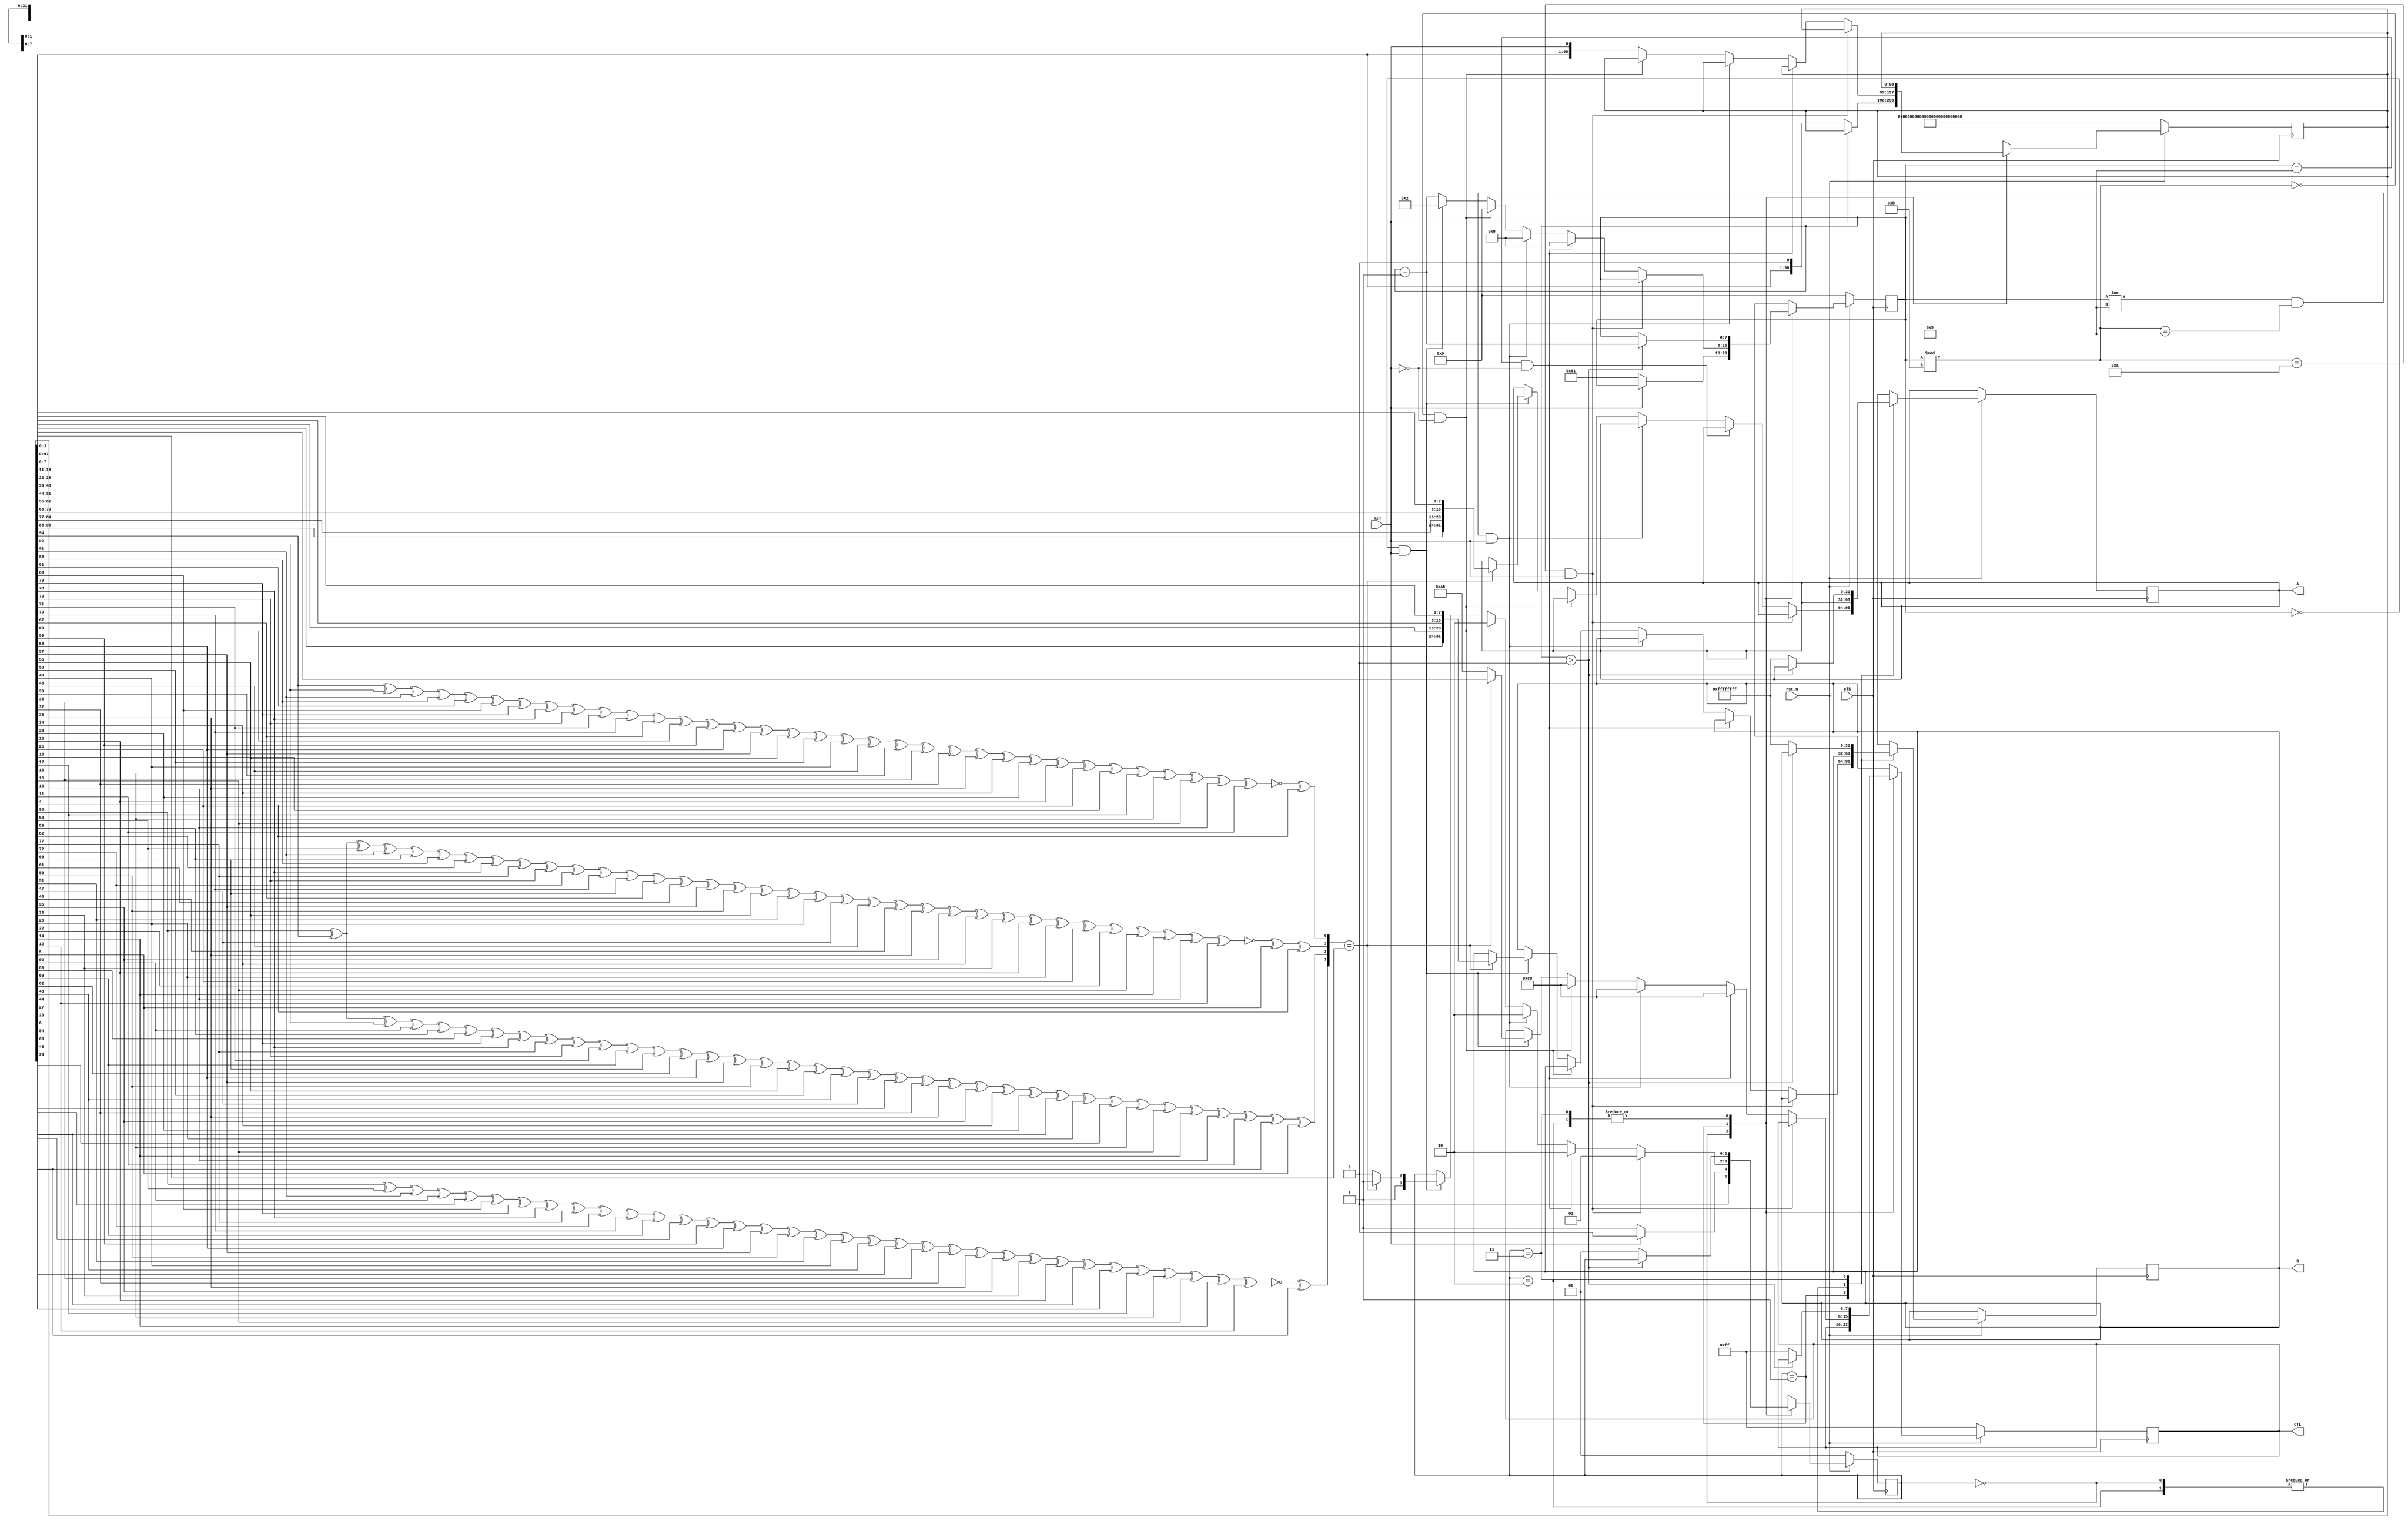
module mtm_Alu_deserializer (
  input wire clk,
  input wire rst_n,
  input wire sin,
  output reg [31:0] A,
  output reg [31:0] B,
  output reg [7:0] CTL
);

localparam IDLE = 2'd0;
localparam LOAD = 2'd1;
localparam DATA_ERR = 2'd2;
localparam STOP = 2'd3;

reg [7:0] bit_counter;
reg [1:0] state;
reg [3:0] CRC;
reg [98:0] OUT;

initial begin
  state = IDLE;
  bit_counter = 0;
  CTL = 8'b11111111;
  A = 32'b11111111111111111111111111111111;
  B = 32'b11111111111111111111111111111111;
end

always @(posedge clk) begin
  if (!rst_n) begin
    state = IDLE;
    bit_counter = 0;
    CTL = 8'b11111111;
    OUT = 99'b111111111111111111111111111111111111111111111111111111111111111111111111111111111111111111111111111;
  end
  else begin
    case(state)
      IDLE: begin
        if (sin == 0) begin
          bit_counter = 97;
          state = LOAD;
          OUT = {OUT,sin};
        end
        else begin
          state = IDLE;
        end
      end
      LOAD: begin
        if (bit_counter % 11 == 10 && sin == 1) begin
          state = LOAD;
        end
        else if (bit_counter == 9 && sin == 0) begin
          state = DATA_ERR;
          bit_counter = 9;
          CTL = 8'b11001001;
        end
        else if (bit_counter != 9 && bit_counter % 11 == 9 && sin == 1) begin
          state = DATA_ERR;
          bit_counter = 9;
          CTL = 8'b11001001;
        end
        else if (bit_counter % 11 == 0 && sin == 0) begin
          state = DATA_ERR;
          bit_counter = 0;
          CTL = 8'b11001001;
        end
        else if (bit_counter == 0 && sin == 1) begin
          OUT = {OUT,sin};
          CRC = nextCRC4_D68({OUT[96:89],OUT[85:78],OUT[74:67],OUT[63:56],OUT[52:45],OUT[41:34],OUT[30:23],OUT[19:12],1'b1,OUT[7:5]},4'b0000);
          bit_counter = 2;
          if (CRC == OUT[4:1]) begin
            A = {OUT[96:89],OUT[85:78],OUT[74:67],OUT[63:56]};
            B = {OUT[52:45],OUT[41:34],OUT[30:23],OUT[19:12]};
            CTL = OUT[8:1];
            state = STOP;
          end
          else begin
            CTL = 8'b10100101;
            state = DATA_ERR;
          end
        end
        else begin
          OUT = {OUT,sin};
          bit_counter = bit_counter - 1;
        end
      end
      DATA_ERR: begin
        if (bit_counter > 0) begin
          bit_counter = bit_counter - 1;
        end
        else begin
          state = IDLE;
          CTL = 8'b11111111;
        end
      end
      STOP: begin
        if (bit_counter > 0) begin
          bit_counter = bit_counter - 1;
        end
        else begin
          A = 32'b11111111111111111111111111111111;
          B = 32'b11111111111111111111111111111111;
          CTL = 32'b11111111;
          state = IDLE;
        end
      end
      endcase
    end
  end

function [3:0] nextCRC4_D68;
// polynomial: x^4 + x^1 + 1
// data width: 68
// convention: the first serial bit is D[67]

  input [67:0] Data;
  input [3:0] crc;
  reg [67:0] d;
  reg [3:0] c;
  reg [3:0] newcrc;
begin
  d = Data;
  c = crc;

  newcrc[0] = d[66] ^ d[64] ^ d[63] ^ d[60] ^ d[56] ^ d[55] ^ d[54] ^ d[53] ^ d[51] ^ d[49] ^ d[48] ^ d[45] ^ d[41] ^ d[40] ^ d[39] ^ d[38] ^ d[36] ^ d[34] ^ d[33] ^ d[30] ^ d[26] ^ d[25] ^ d[24] ^ d[23] ^ d[21] ^ d[19] ^ d[18] ^ d[15] ^ d[11] ^ d[10] ^ d[9] ^ d[8] ^ d[6] ^ d[4] ^ d[3] ^ d[0] ^ c[0] ^ c[2];
  newcrc[1] = d[67] ^ d[66] ^ d[65] ^ d[63] ^ d[61] ^ d[60] ^ d[57] ^ d[53] ^ d[52] ^ d[51] ^ d[50] ^ d[48] ^ d[46] ^ d[45] ^ d[42] ^ d[38] ^ d[37] ^ d[36] ^ d[35] ^ d[33] ^ d[31] ^ d[30] ^ d[27] ^ d[23] ^ d[22] ^ d[21] ^ d[20] ^ d[18] ^ d[16] ^ d[15] ^ d[12] ^ d[8] ^ d[7] ^ d[6] ^ d[5] ^ d[3] ^ d[1] ^ d[0] ^ c[1] ^ c[2] ^ c[3];
  newcrc[2] = d[67] ^ d[66] ^ d[64] ^ d[62] ^ d[61] ^ d[58] ^ d[54] ^ d[53] ^ d[52] ^ d[51] ^ d[49] ^ d[47] ^ d[46] ^ d[43] ^ d[39] ^ d[38] ^ d[37] ^ d[36] ^ d[34] ^ d[32] ^ d[31] ^ d[28] ^ d[24] ^ d[23] ^ d[22] ^ d[21] ^ d[19] ^ d[17] ^ d[16] ^ d[13] ^ d[9] ^ d[8] ^ d[7] ^ d[6] ^ d[4] ^ d[2] ^ d[1] ^ c[0] ^ c[2] ^ c[3];
  newcrc[3] = d[67] ^ d[65] ^ d[63] ^ d[62] ^ d[59] ^ d[55] ^ d[54] ^ d[53] ^ d[52] ^ d[50] ^ d[48] ^ d[47] ^ d[44] ^ d[40] ^ d[39] ^ d[38] ^ d[37] ^ d[35] ^ d[33] ^ d[32] ^ d[29] ^ d[25] ^ d[24] ^ d[23] ^ d[22] ^ d[20] ^ d[18] ^ d[17] ^ d[14] ^ d[10] ^ d[9] ^ d[8] ^ d[7] ^ d[5] ^ d[3] ^ d[2] ^ c[1] ^ c[3];
  nextCRC4_D68 = newcrc;
end
endfunction

    endmodule